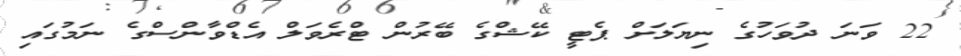
22 ވަނަ ދުވަހުގެ ނިޔަލަށް ޕެޓީ ކޭޝްގެ ބޭރުން ޓްރެވަލް އެޑްވާންސްގެ ނަމުގައި